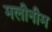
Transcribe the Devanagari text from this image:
मलीनीम